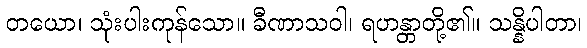
တယော၊ သုံးပါးကုန်သော။ ခီဏာသဝါ၊ ရဟန္တာတို့၏။ သန္နိပါတာ၊